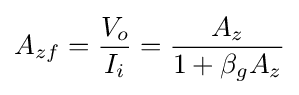
A_{zf}={\frac {V_{o}}{I_{i}}}={\frac {A_{z}}{1+\beta _{g}A_{z}}}